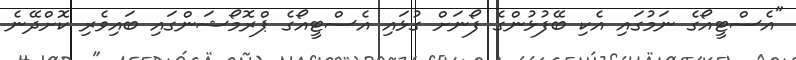
"އެސްޓީއޯގެ ނަމުގައި އެކި ބޭފުޅުންގެ ފޯނަށް ގުޅައި އެސްޓީއޯގެ ޕްރޮމޯޝަންގައި ބައިވެރި ކޮށްދޭނެ